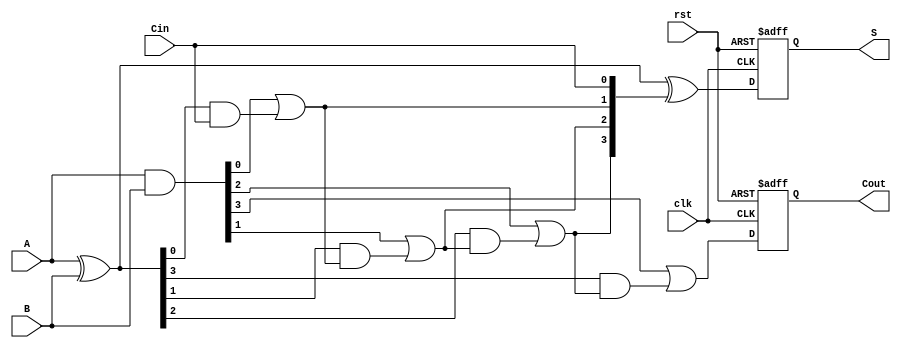
module pipelined_cla #(parameter N = 4) (
    input wire clk,
    input wire rst,
    input wire [N-1:0] A,
    input wire [N-1:0] B,
    input wire Cin,
    output reg [N-1:0] S,
    output reg Cout
);

    // Intermediate signals
    wire [N-1:0] G; // Generate signals
    wire [N-1:0] P; // Propagate signals
    wire [N:0] C;   // Carry signals

    // Stage 1: Generate and Propagate signals
    assign G = A & B;           // Generate
    assign P = A ^ B;           // Propagate

    // Stage 2: Carry Lookahead Logic
    assign C[0] = Cin;          // Initial carry
    genvar i;
    generate
        for (i = 0; i < N; i = i + 1) begin : carry_logic
            if (i == 0) begin
                assign C[i + 1] = G[i] | (P[i] & C[0]);
            end else begin
                assign C[i + 1] = G[i] | (P[i] & C[i]);
            end
        end
    endgenerate

    // Stage 3: Sum Calculation
    always @(posedge clk or posedge rst) begin
        if (rst) begin
            S <= 0;
            Cout <= 0;
        end else begin
            S <= P ^ C[N-1:0]; // Sum calculation
            Cout <= C[N];      // Final carry-out
        end
    end

endmodule